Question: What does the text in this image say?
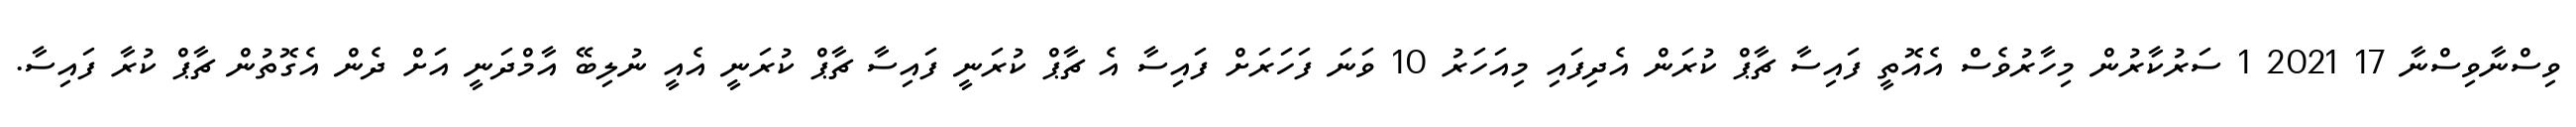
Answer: ވިސްނާވިސްނާ 17 2021 1 ސަރުކާރުން މިހާރުވެސް އެއޮތީ ފައިސާ ޗާޕް ކުރަން އެދިފައި މިއަހަރު 10 ވަނަ ފަހަރަށް ފައިސާ އެ ޗާޕް ކުރަނީ ފައިސާ ޗާޕް ކުރަނީ އެއީ ނުލިބޭ އާމްދަނީ އަށް ދެން އެގޮތުން ޗާޕް ކުރާ ފައިސާ.